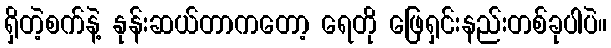
ရှိတဲ့စက်နဲ့ နုန်းဆယ်တာကတော့ ရေတို ဖြေရှင်းနည်းတစ်ခုပါပဲ။